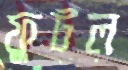
ফুটল